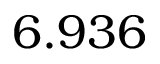
6 . 9 3 6